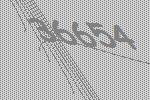
36654